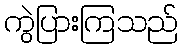
ကွဲပြားကြသည်